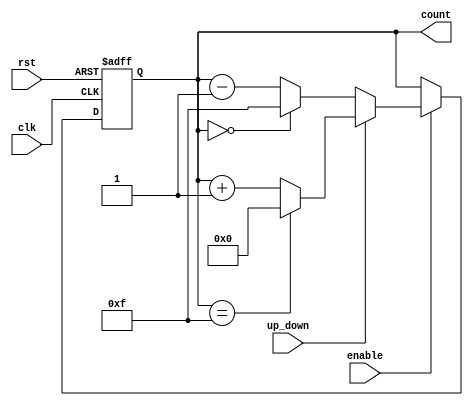
module UpDownCounter(
    input wire clk,           // Clock signal
    input wire rst,           // Asynchronous reset signal
    input wire up_down,       // Up/Down control signal
    input wire enable,        // Enable signal
    output reg [3:0] count    // 4-bit count output
);

    // Maximum count value for a 4-bit counter
    localparam MAX_COUNT = 4'b1111; // 15 in decimal
    localparam MIN_COUNT = 4'b0000; // 0 in decimal

    // Always block for synchronous counting
    always @(posedge clk or posedge rst) begin
        if (rst) begin
            count <= MIN_COUNT; // Reset count to zero
        end else if (enable) begin
            if (up_down) begin
                // Count Up
                if (count == MAX_COUNT) begin
                    count <= MIN_COUNT; // Wrap around to zero
                end else begin
                    count <= count + 1; // Increment count
                end
            end else begin
                // Count Down
                if (count == MIN_COUNT) begin
                    count <= MAX_COUNT; // Wrap around to max
                end else begin
                    count <= count - 1; // Decrement count
                end
            end
        end
        // If enable is low, hold the current count value
    end

endmodule